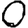
Digit: 0